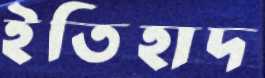
ইতিহাদ